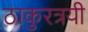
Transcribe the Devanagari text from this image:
ठाकुरत्रयी